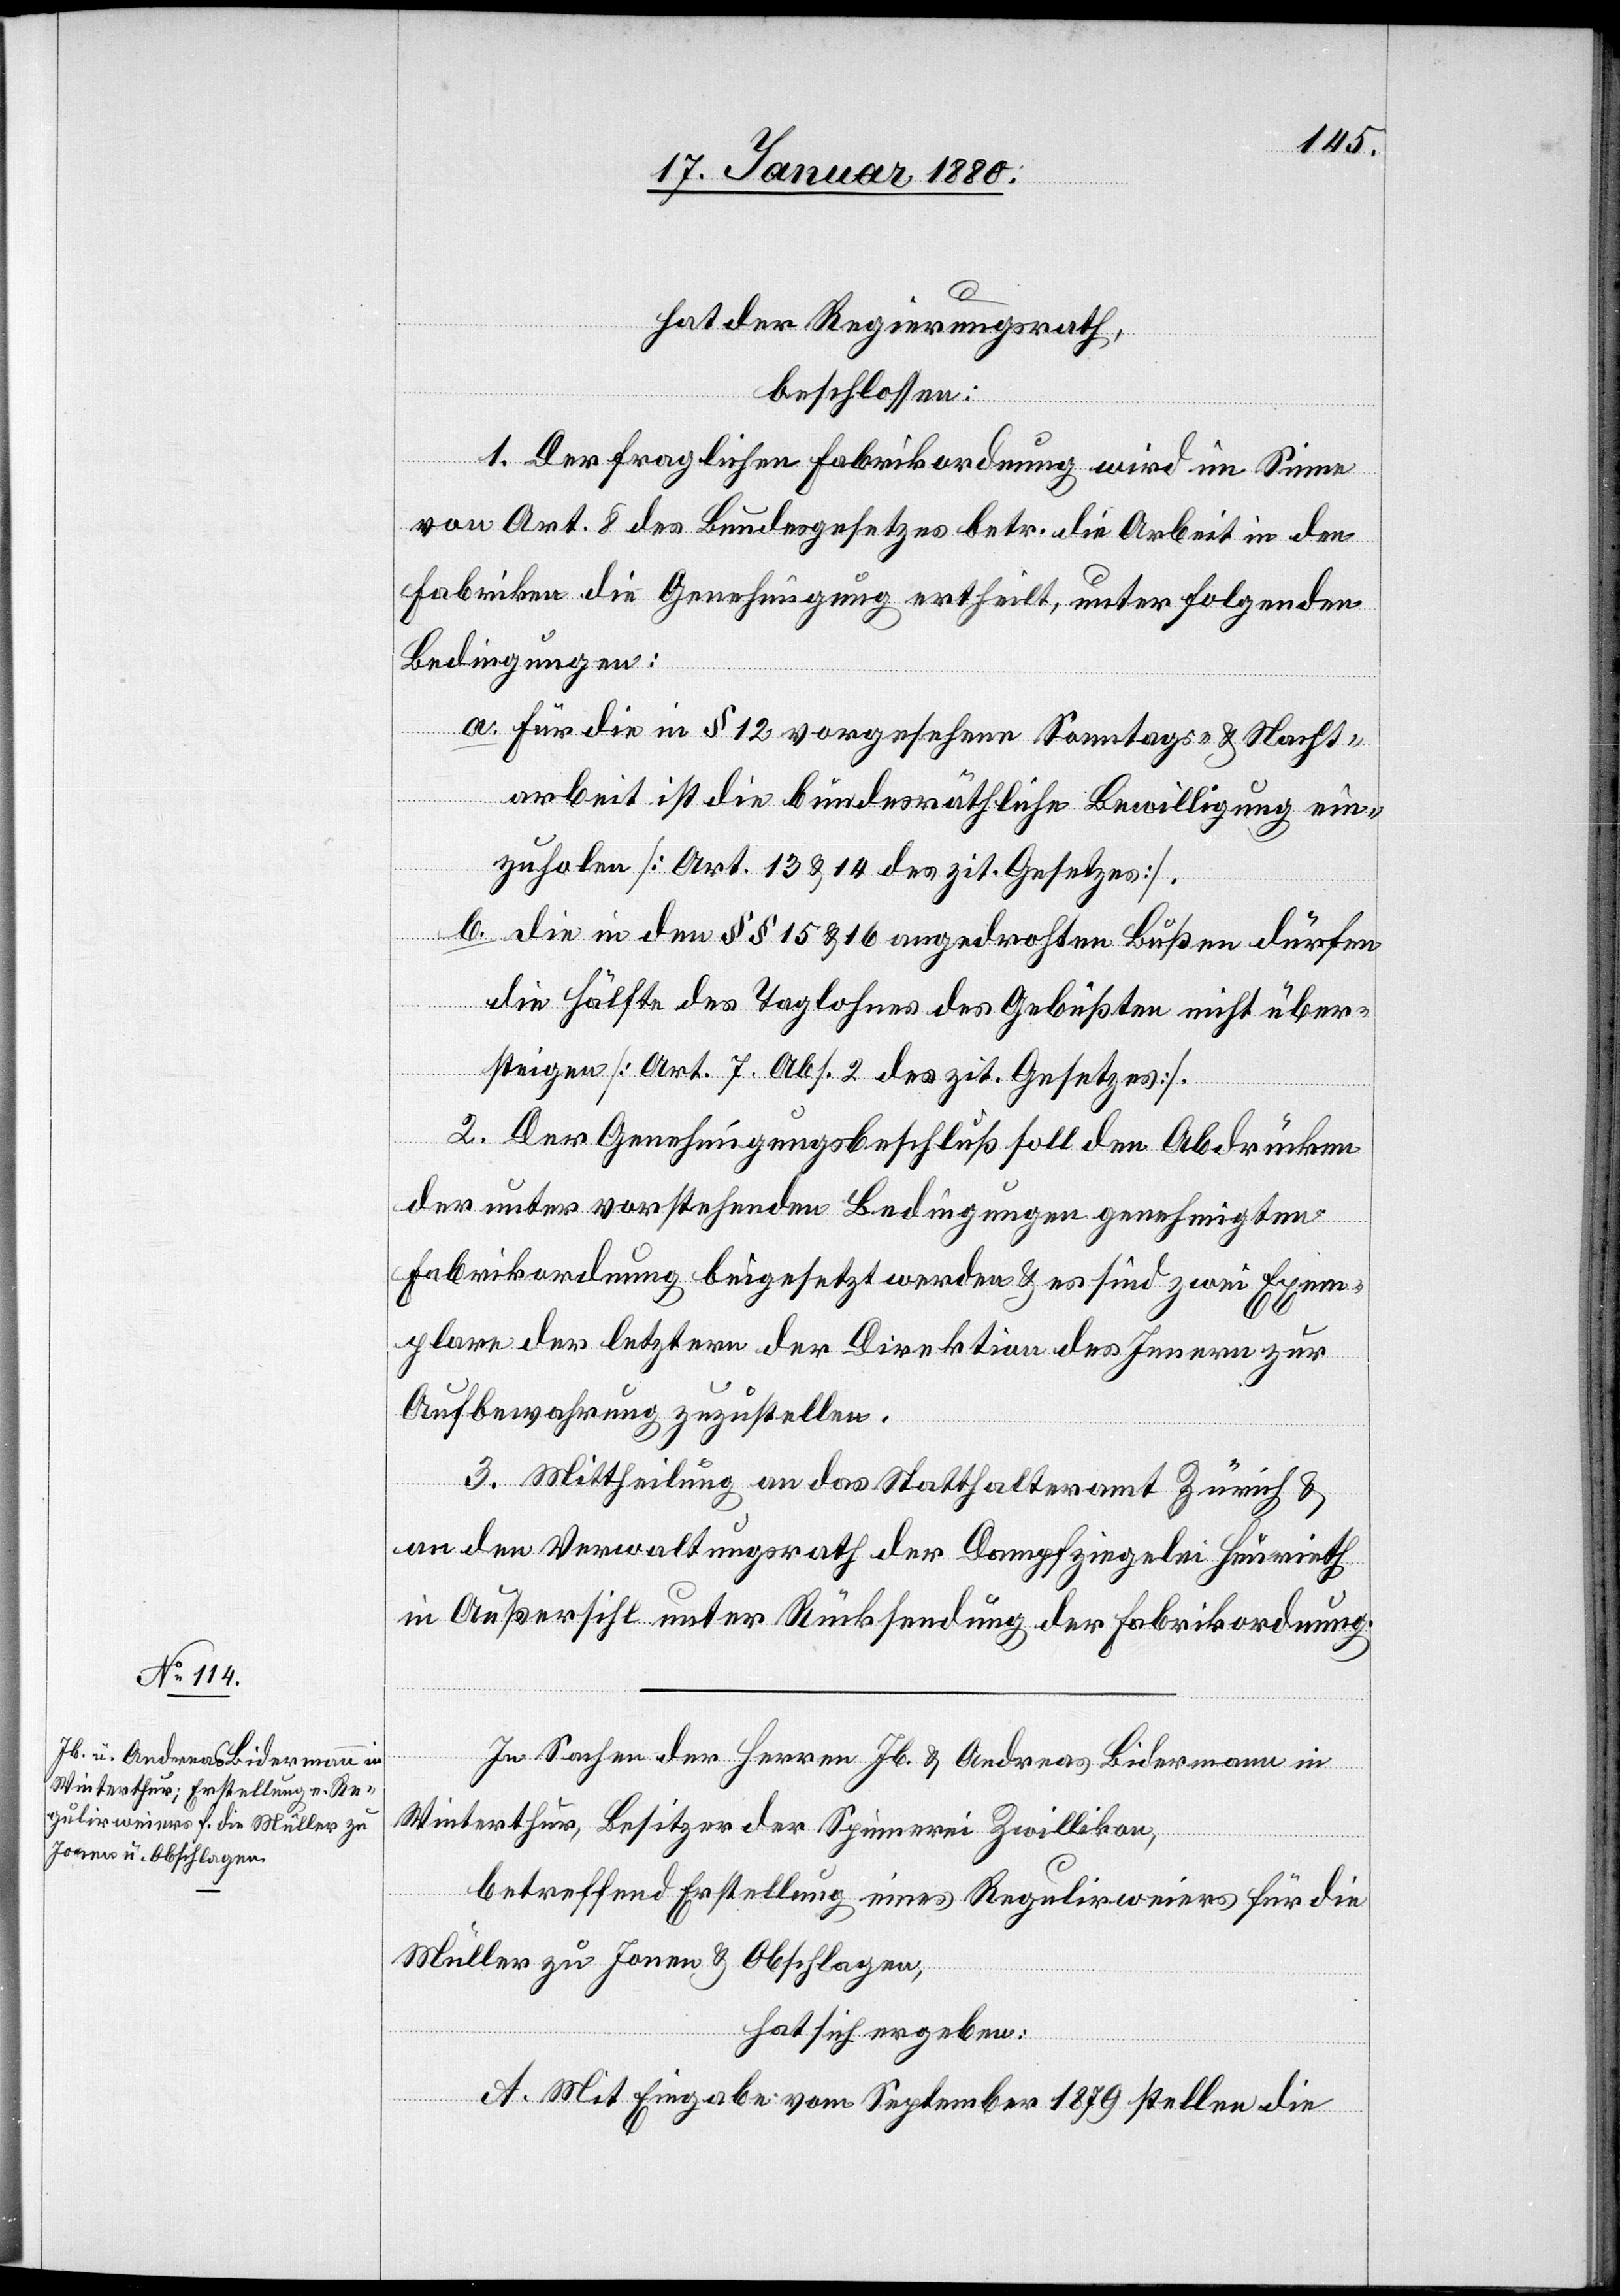
hat der Regierungsrath,
Arbeiten
beschlossen:
1. Der fraglichen Fabrikordnung wird im Sinne
von Art. 8 des Bundesgesetzes betr. die Arbeit in den
Fabriken die Genehmigung ertheilt, unter folgenden
Bedingungen:
a. Für die in § 12 vorgesehene Sonntags- & Nacht¬
arbeit ist die bundesräthliche Bewilligung ein¬
zuholen [Art. 13 & 15 des zit. Gesetzes],
b. die in den §§ 15 & 16 angedrohten Bußen dürfen
die Hälfte des Taglohns des Gebüßten nicht über¬
steigen [Art. 7 Abs. 2 des zit. Gesetzes].
2. Der Genehmigungsbeschluß soll den Abdrücken
der unter vorstehenden Bedingungen genehmigten
Fabrikordnung beigesetzt werden & es sind zwei Exem¬
plare der letztern der Direktion der öffent¬
Aufbewahrung zuzustellen.
3. Mittheilung an das Statthalteramt Zürich &
an den Verwaltungsrath der Dampfziegelei Heurieth
in Außersihl unter Rücksendung der Fabrikordnung.
In Sachen der Herren Jb. & Andreas Bidermann in
Winterthur, Besizer der Spinnerei Zwillikon,
betreffend Erstellung eines Regulirweiers für die
Müller zu Jonen & Obschlagen,
hat sich ergeben:
A. Mit Eingabe vom September 1879 stellen die